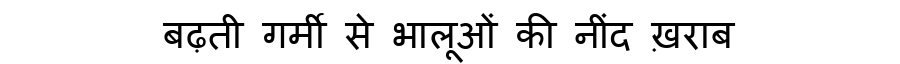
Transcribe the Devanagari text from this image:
बढ़ती गर्मी से भालूओं की नींद ख़राब